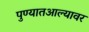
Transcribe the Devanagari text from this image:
पुण्यातआल्यावर